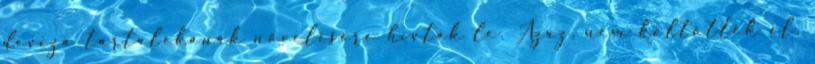
deviza tartalékának növelésére hívták le. Azaz, nem költötték el,